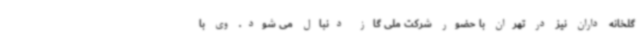
گلخانه داران نیز در تهران با حضور شرکت ملی گاز دنبال می شود. وی با